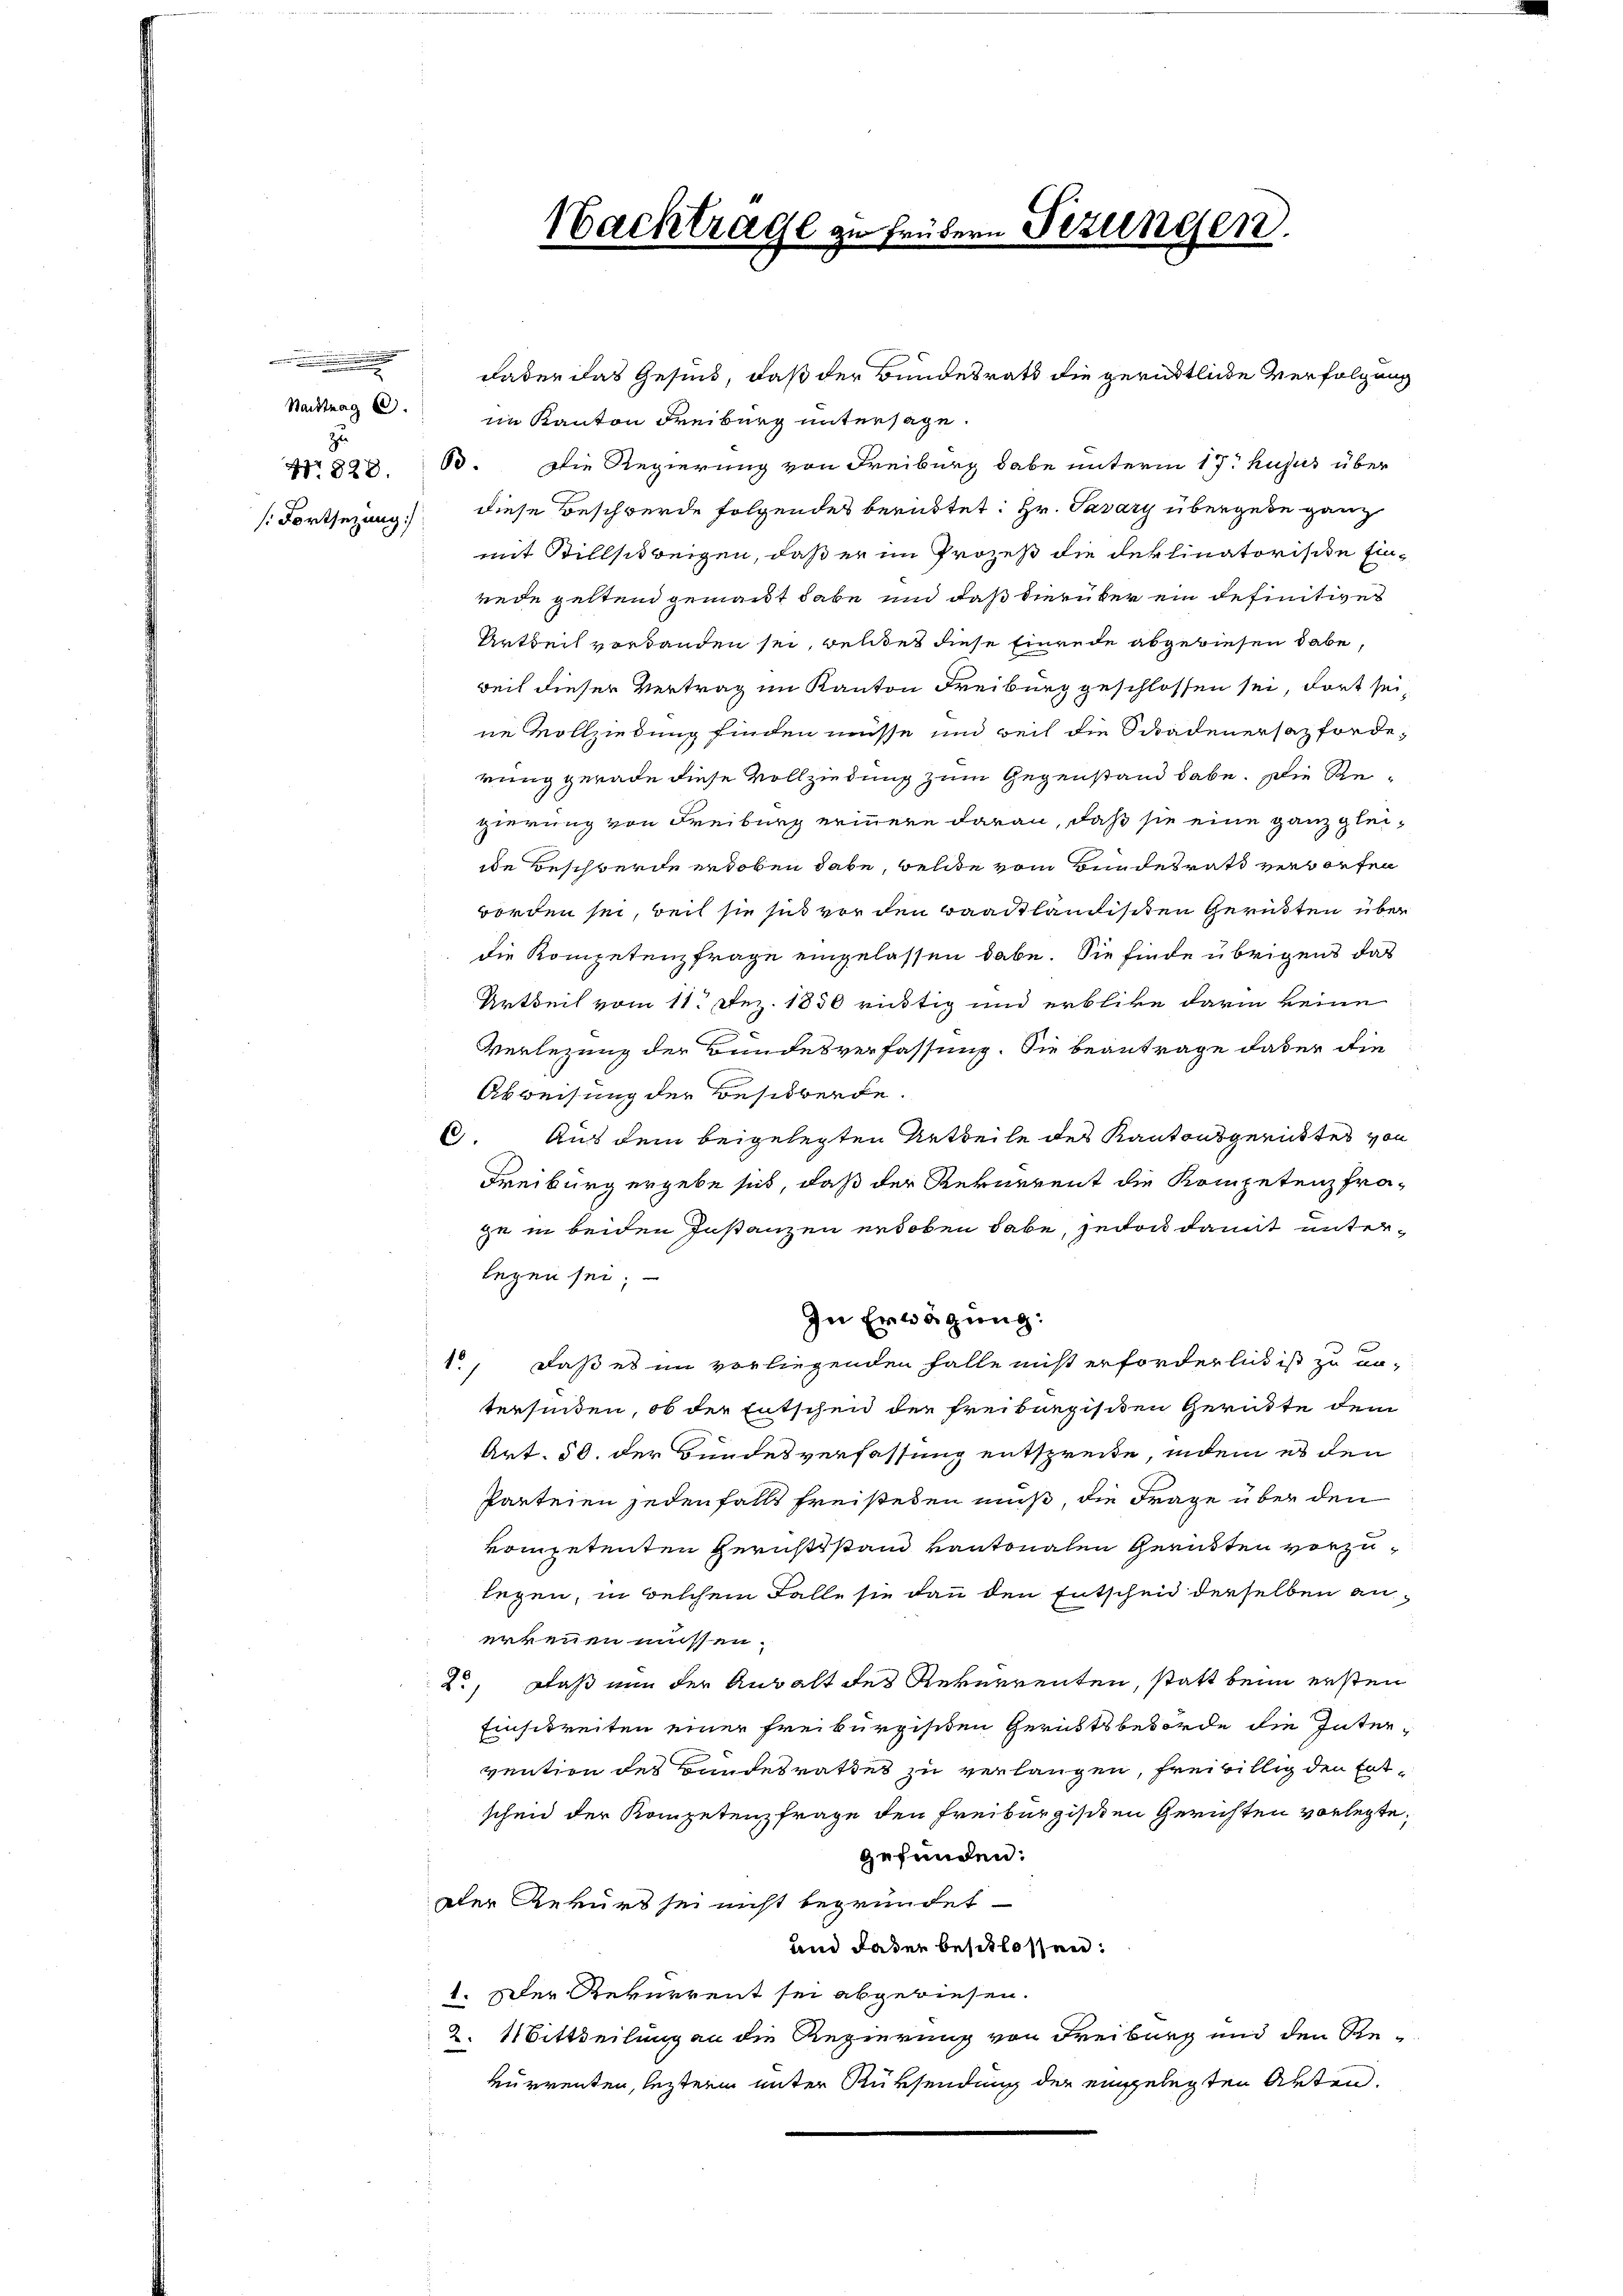
.
Nachtrag 6.
[Fortsezung

Nachtrage zu frühern Bezungen.
.

Faden das Gesind, daß der Bundesrath die gerüktliche Verfolgung
im Kanton Freiburg untersage.
No 828. 60. Die Regierung von Freiburg habe unterm 17. hujus über
diese Beschwerde folgendes beruhtet: Hr. Savary übergebe ganz
mit Stillschweigen, daß er im Prozeß die Deklinatorische Einrede geltend gemandt habe und daß hierüber ein definitives
Artheil vorhanden sei, welches diese Einrede abgewiesen habe,
weil dieser Vertrag im Kanton Freiburg geschlossen sei, dort sei,
ne Vollziedung finden müsse und weil die Schadenersazforderung gerade diese Vollziedung zum Gegenstand dabe. Die Regierung von Freiburg erinnere daran, daß sie eine ganz gleiide Beschwerde erhoben habe, welche vom Bundesrath verborten
worden sei, weil sie sich vor den Baadtländischen Gerüsten über
die Kompetenzfrage eingelassen habe. Sie finde übrigens das
Artheil vom 11. Dez. 1850 richtig und erblicke darin keine
Verlegung der Bundesverfassung. Sie beantrage dabei die
Abweisung der Besitwerde
6. Aus dem beigelegten Urtheile des Kantonsgerichtes von
Freiburg ergebe sich, daß der Rekurrent die Kompetenzfra-
ge in beiden Instanzen erdoben habe, jedoch damit unterlegen sei;
In Erwägung:
1., daß es im vorliegenden Falle nicht erforderlich ist zu un-
terfinden, ob der Entschen der Freiburgisiten Gerütte dem
Art. 50. der Bundesverfassung entspreite, indem es den
Parteien jedenfalls freisteten muß, die Frage über den
kompetenten Gerichtsstand kantonalen Gerüsten vorzulegen, in welchem Falle sie dann den Entscheid derselben an
erkennen müssen.
2., Daß nun der Anwalt des Rekurrenten, statt beim ersten
Einschreiten einer Freiburgischen Gerichtsbehörde die Intervention des Bandesrathes zu verlangen, freiwillig den Entschen der Kompetenzfrage den Freiburgischen Gerichten vorlegte,
gefunden:
Der Rekurs sei nicht begründet
und dabei beschlossen:
1. Der Rekurrent sei abgewiesen.
2. Mittheilung an die Regierung von Freiburg und den Re-
kurrenten, leztern unter Rüksendung der eingelegten Akten